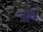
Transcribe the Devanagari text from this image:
जखू